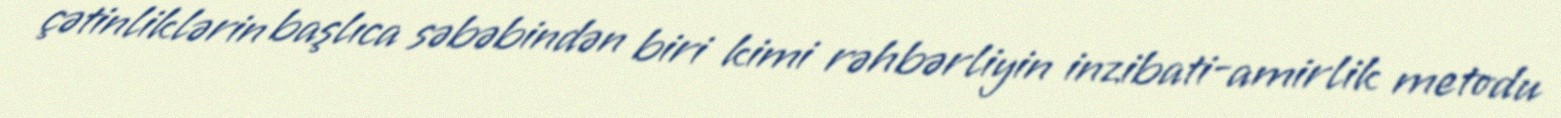
çətinliklərin başlıca səbəbindən biri kimi rəhbərliyin inzibati-amirlik metodu